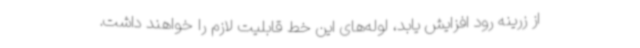
از زرینه رود افزایش یابد، لوله‌های این خط قابلیت لازم را خواهند داشت.